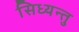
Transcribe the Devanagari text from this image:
सिध्यन्तु